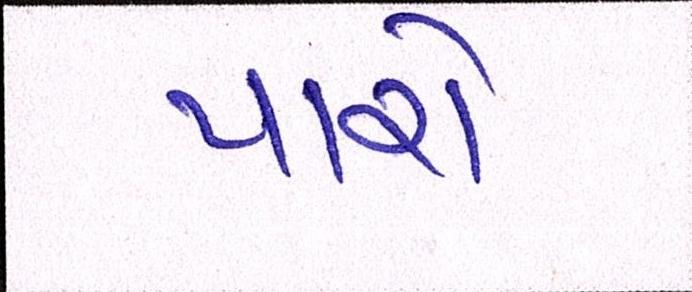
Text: પારો